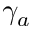
\gamma _ { a }